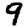
Digit: 9